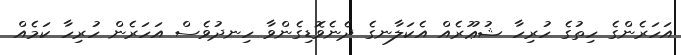
އަހަރެންގެ ހިތުގެ ހުރިހާ ޝުޢޫރެއް އެކަލާނގެ ދެނެވޮޑިގެންވާ ހިނދުވެސް އަހަރެން ހުރިހާ ކަމެއް